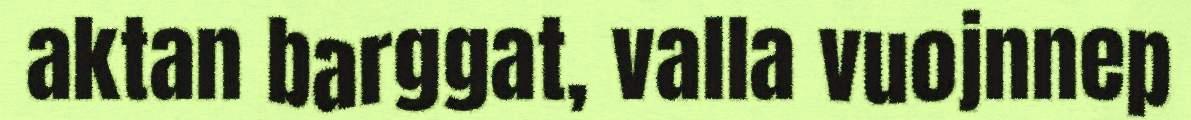
aktan barggat, valla vuojnnep